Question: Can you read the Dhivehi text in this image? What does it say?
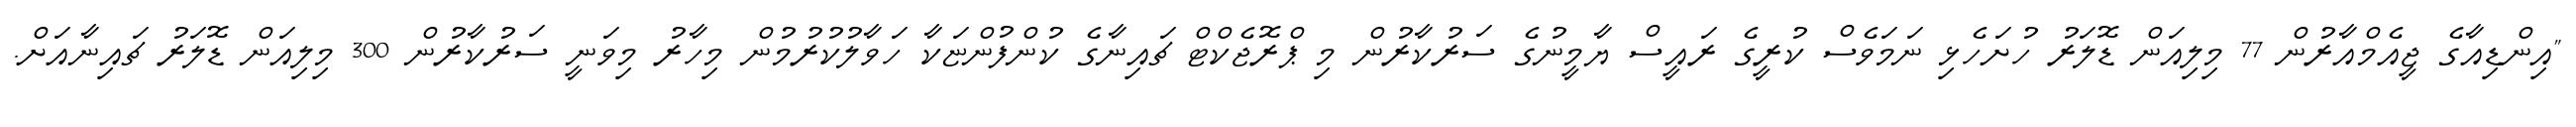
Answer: "އިންޑިއާގެ ޖީއެމްއާރުން 77 މިލިއަން ޑޮލަރު ހުށަހެޅި ނަމަވެސް ކުރީގެ ރައީސް ޔާމީނުގެ ސަރުކާރުން މި ޕްރޮޖެކްޓް ޗައިނާގެ ކުންފުންޏަކާ ހަވާލުކުރުމުން މިހާރު މިވަނީ ސަރުކާރުން 300 މިލިއަން ޑޮލަރު ޗައިނާއަށް.